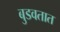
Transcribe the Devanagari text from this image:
बुडवतात